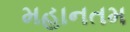
મહાનતમ